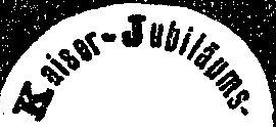
Kaiser-Jubiläums.